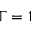
\Gamma = 1